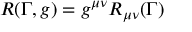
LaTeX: R ( \Gamma , g ) = g ^ { \mu \nu } R _ { \mu \nu } ( \Gamma )